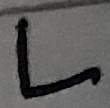
Text: L